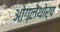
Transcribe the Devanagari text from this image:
ओग्लेथोर्प